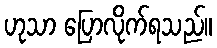
ဟုသာ ပြောလိုက်ရသည်။